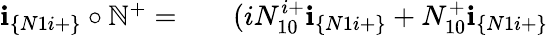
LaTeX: \begin{array}{rlr}{\textbf{i}_{\{ N1i+\} }\circ\mathbb{N}^{+}=}&{{}}&{(iN_{10}^{i+}\textbf{i}_{\{ N1i+\} }+N_{10}^{+}\textbf{i}_{\{ N1i+\} }}\end{array}